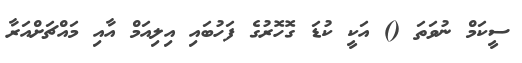
ސީކަމް ނުވަތަ () އަކީ ކުޑަ ގޮހޮރުގެ ފަހުބައި އިލިއަމް އާއި މައްޗަށްއަރާ